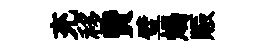
充移費璧煬賑